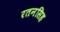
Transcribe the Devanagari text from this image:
रतनसिह